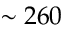
\sim 2 6 0